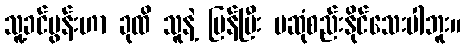
သူ့ခင်ပွန်းဟာ ခုထိ သူနဲ့ ပြန်ပြီး မဆုံစည်းနိုင်သေးပါဘူး။